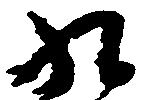
九